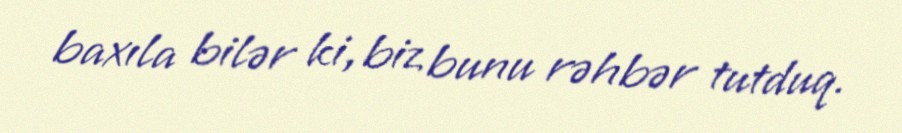
baxıla bilər ki, biz bunu rəhbər tutduq.